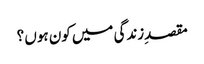
مقصدِزندگی میں کون ہوں ؟